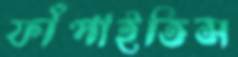
ফাঁপাইতিস